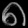
Digit: ၈